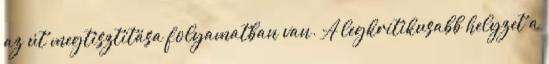
az út megtisztítása folyamatban van. A legkritikusabb helyzet a